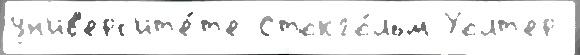
ун'ив'ерс'ит'е́т'е Стокго́льм Уолт'ер